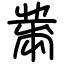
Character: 黹